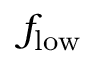
f _ { \mathrm { l o w } }